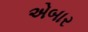
એબાર